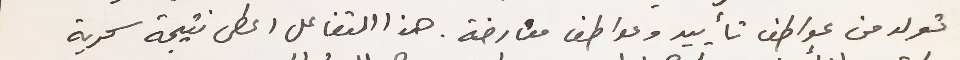
تولد من عواطف تأييد وعواطف معارضة. هذا التفاعل اعطى نتيجة سحرية